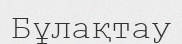
Бұлақтау